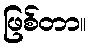
ဖြစ်တာ။